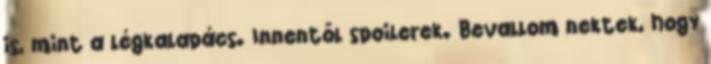
is, mint a légkalapács. Innentől spoilerek. Bevallom nektek, hogy